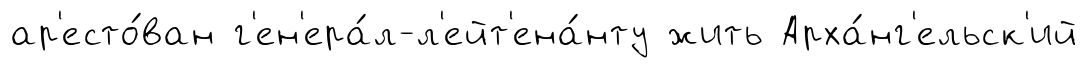
ар'есто́ван г'ен'ера́л-л'ейт'ена́нту жить Арха́нг'ельск'ий